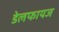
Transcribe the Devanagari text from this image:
डेलफायज